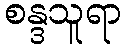
စန္ဒသူရာ